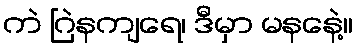
ကဲ ဂြဲနကျရေ၊ ဒီမှာ မနနေဲ့။